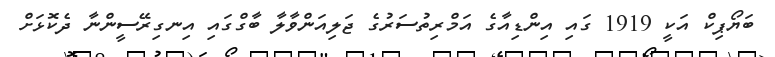
ބަޔޯޕިކް އަކީ 1919 ގައި އިންޑިއާގެ އަމްރިތުސަރުގެ ޖަލިއަންވާލާ ބާގްގައި އިނގިރޭސީންނާ ދެކޮޅަށް